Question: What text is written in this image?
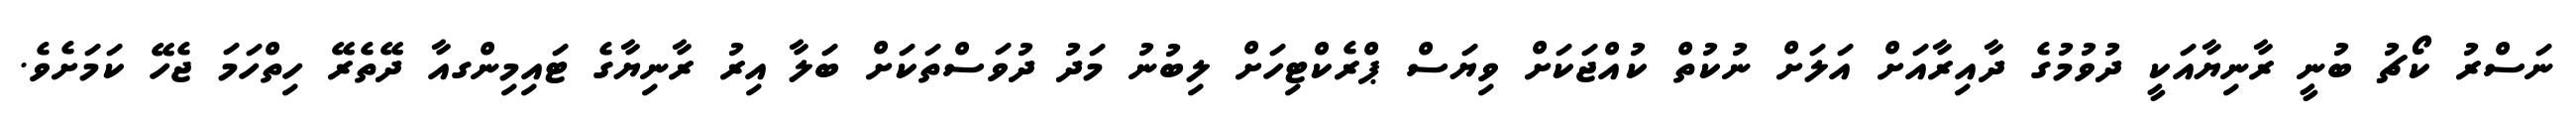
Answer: ނަސްރު ކޯޗު ބުނީ ރާނިޔާއަކީ ދުވުމުގެ ދާއިރާއަށް އަލަށް ނުކުތް ކުއްޖަކަށް ވިޔަސް ޕްރެކްޓިހަށް ލިބުނު މަދު ދުވަސްތަކަށް ބަލާ އިރު ރާނިޔާގެ ޓައިމިންގއާ ދޭތެރޭ ހިތްހަމަ ޖެހޭ ކަމަށެވެ.